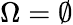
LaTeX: \Omega=\emptyset